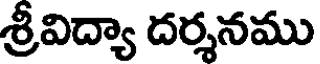
శ్రీవిద్యా దర్శనము